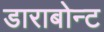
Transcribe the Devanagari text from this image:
डाराबोन्ट